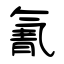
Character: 氰